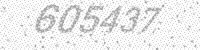
Solution: 605437